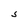
Character: S